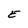
Character: E